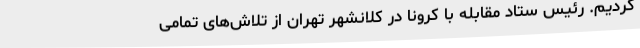
کردیم. رئیس ستاد مقابله با کرونا در کلانشهر تهران از تلاش‌های تمامی